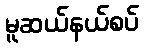
မူဆယ်နယ်စပ်